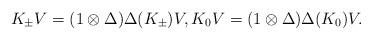
LaTeX: \begin{align*} K_{\pm}V=(1\otimes \Delta)\Delta(K_{\pm}) V,K_{0}V=(1\otimes \Delta)\Delta(K_{0}) V.\end{align*}